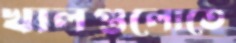
খালগুলোতে